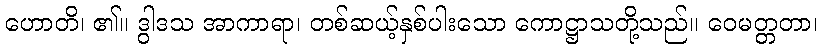
ဟောတိ၊ ၏။ ဒွါဒသ အာကာရာ၊ တစ်ဆယ့်နှစ်ပါးသော ကောဋ္ဌာသတို့သည်။ ဝေမတ္တတာ၊